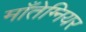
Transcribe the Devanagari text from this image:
माँतेग्नियर